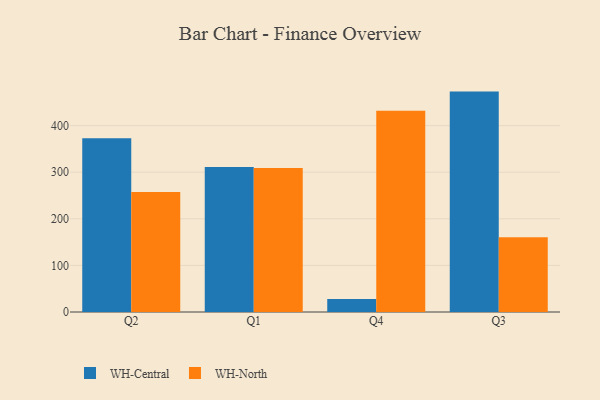
{"axis": {"x": "Quarter", "y": "Operating Costs (USD K)"}, "legend": ["WH-Central", "WH-North"], "data": [{"x": "Q2", "y": 372.8, "type": "WH-Central"}, {"x": "Q2", "y": 257.4, "type": "WH-North"}, {"x": "Q1", "y": 311.0, "type": "WH-Central"}, {"x": "Q1", "y": 308.9, "type": "WH-North"}, {"x": "Q4", "y": 27.7, "type": "WH-Central"}, {"x": "Q4", "y": 431.7, "type": "WH-North"}, {"x": "Q3", "y": 472.9, "type": "WH-Central"}, {"x": "Q3", "y": 160.4, "type": "WH-North"}]}